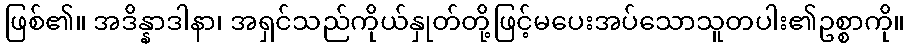
ဖြစ်၏။ အဒိန္နာဒါနာ၊ အရှင်သည်ကိုယ်နှုတ်တို့ဖြင့်မပေးအပ်သောသူတပါး၏ဥစ္စာကို။